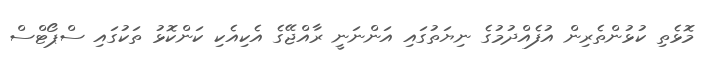
މޮޅެތި ކުޅުންތެރިން އުފެއްދުމުގެ ނިޔަތުގައި އަންނަނީ ރާއްޖޭގެ އެކިއެކި ކަންކޮޅު ތަކުގައި ސްޕޯޓްސް